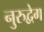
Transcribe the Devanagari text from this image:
नुरुद्वेग